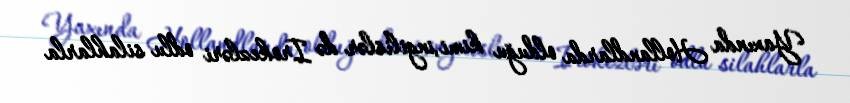
Yaxında Hollandlarda olduğu kimi,ingilislər də Irokezləri odlu silahlarla